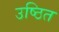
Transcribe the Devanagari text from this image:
उष्ठित